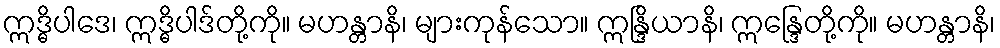
ဣဒ္ဓိပါဒေ၊ ဣဒ္ဓိပါဒ်တို့ကို။ မဟန္တာနိ၊ များကုန်သော။ ဣန္ဒြိယာနိ၊ ဣန္ဒြေတို့ကို။ မဟန္တာနိ၊